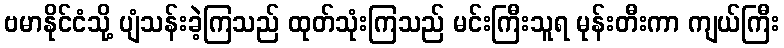
ဗမာနိုင်ငံသို့ ပျံသန်းခဲ့ကြသည် ထုတ်သုံးကြသည် မင်းကြီးသူရ မုန်းတီးကာ ကျယ်ကြီး